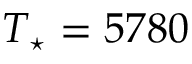
T _ { \star } = 5 7 8 0